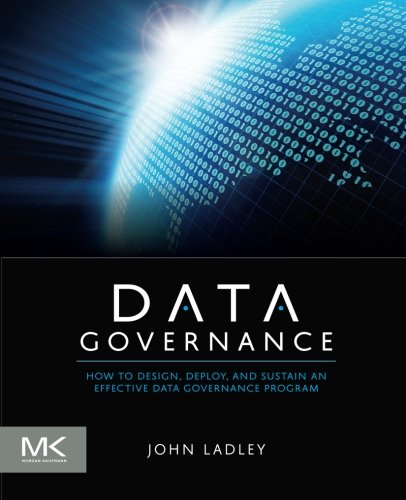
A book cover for Data Governance: How to Design, Deploy and Sustain an Effective Data Governance Program (The Morgan Kaufmann Series on Business Intelligence); John Ladley; Computers & Technology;